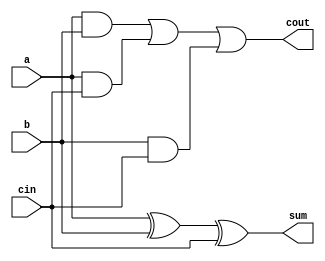
`timescale 1ns / 1ps
//////////////////////////////////////////////////////////////////////////////////
// Company: 
// Engineer: 
// 
// Design Name: 
// Module Name: Fulladder
// Project Name: 
// Target Devices: 
// Tool Versions: 
// Description: 
// 
// Dependencies: 
// 
// Revision:
// Revision 0.01 - File Created
// Additional Comments:
// 
//////////////////////////////////////////////////////////////////////////////////


module Fulladder(
    input wire a,
    input wire b,
    input wire cin,
    output wire sum,
    output wire cout

    );
    assign sum = a^ b ^ cin;
    assign cout = (a&b)|(a&cin)|(b&cin);
    
endmodule